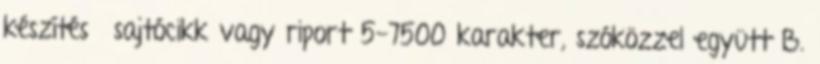
készítésű sajtócikk vagy riport 5-7500 karakter, szóközzel együtt B.